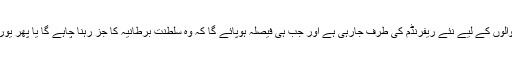
لہٰذا اب صورت حال اسکاٹ لینڈ والوں کے لیے نئے ریفرنڈم کی طرف جارہی ہے اور جب ہی فیصلہ ہوپائے گا کہ وہ سلطنت برطانیہ کا جز رہنا چاہے گا یا پھر یورپی یونین کی گود میں پناہ لے گا۔